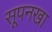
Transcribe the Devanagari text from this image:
सूपनखा